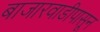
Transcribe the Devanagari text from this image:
बाजारवाडीपासून